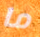
ما